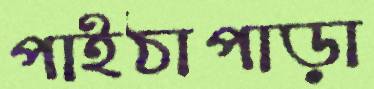
পাইঠাপাড়া